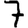
Digit: 7